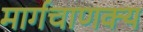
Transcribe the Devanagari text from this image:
मार्गचाणक्य